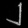
Digit: ၂